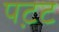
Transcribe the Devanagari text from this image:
पट़ट